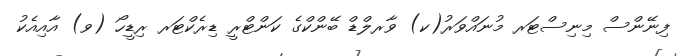
ފިނޭންސް މިނިސްޓަރ މުނައްވަރު(ކ) ވާރލްޑް ބޭންކްގެ ކަންޓްރީ ޑިރެކްޓަރ ރިޑީހޯ (ވ) އާއިއެކު